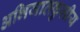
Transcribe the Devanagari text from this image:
अभिजातकुलीय